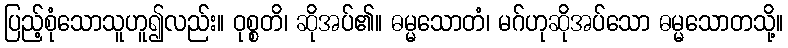
ပြည့်စုံသောသူဟူ၍လည်း။ ဝုစ္စတိ၊ ဆိုအပ်၏။ ဓမ္မသောတံ၊ မဂ်ဟုဆိုအပ်သော ဓမ္မသောတသို့။